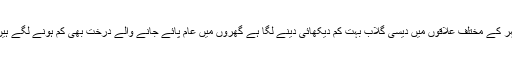
شہر کے مختلف علاقوں میں دیسی گلاب بہت کم دیکھائی دینے لگا ہے گھروں میں عام پائے جانے والے درخت بھی کم ہونے لگے ہیں ۔